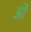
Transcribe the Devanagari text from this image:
अॊ